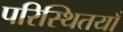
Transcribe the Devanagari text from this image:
परिस्थितयाँ